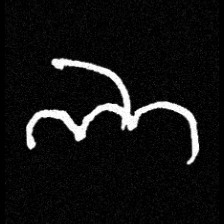
Pyu character \u2014 Myanmar letter: ဘ (romanized: bha)